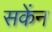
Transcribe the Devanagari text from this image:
सकेंन